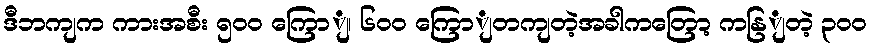
ဒီဘကျက ကားအစီး ၅၀၀ ကြောျ၊ ၆၀၀ ကြောျတကျတဲ့အခါကတြော့ ကနြျတဲ့ ၃၀၀